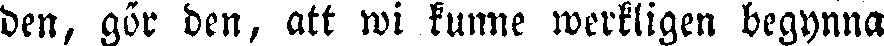
den, gör den, att wi kunne werkligen begynna